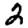
Digit: 2